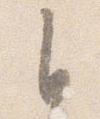
自